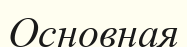
Основная